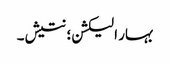
بہار الیکشن؛ نتیش۔